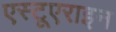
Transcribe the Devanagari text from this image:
एस्टूएराइन